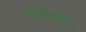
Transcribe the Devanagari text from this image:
रिॲेक्शन